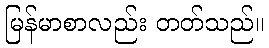
မြန်မာစာလည်း တတ်သည်။